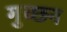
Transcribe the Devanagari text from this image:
गुच्छन